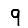
Digit: 9